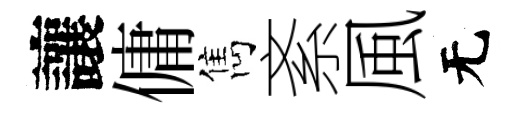
讓傭雋紊風无